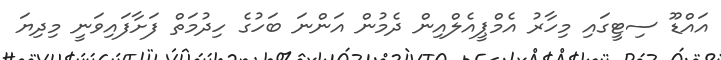
އައްޑޫ ސިޓީގައި މިހާރު އެމްޕީއެލްއިން ދެމުން އަންނަ ބަހުގެ ހިދުމަތް ފަށާފައިވަނީ މިދިޔަ